65_HS1-834228961_62-HQ-83894_Section_7
Agency: FBI
Page 182
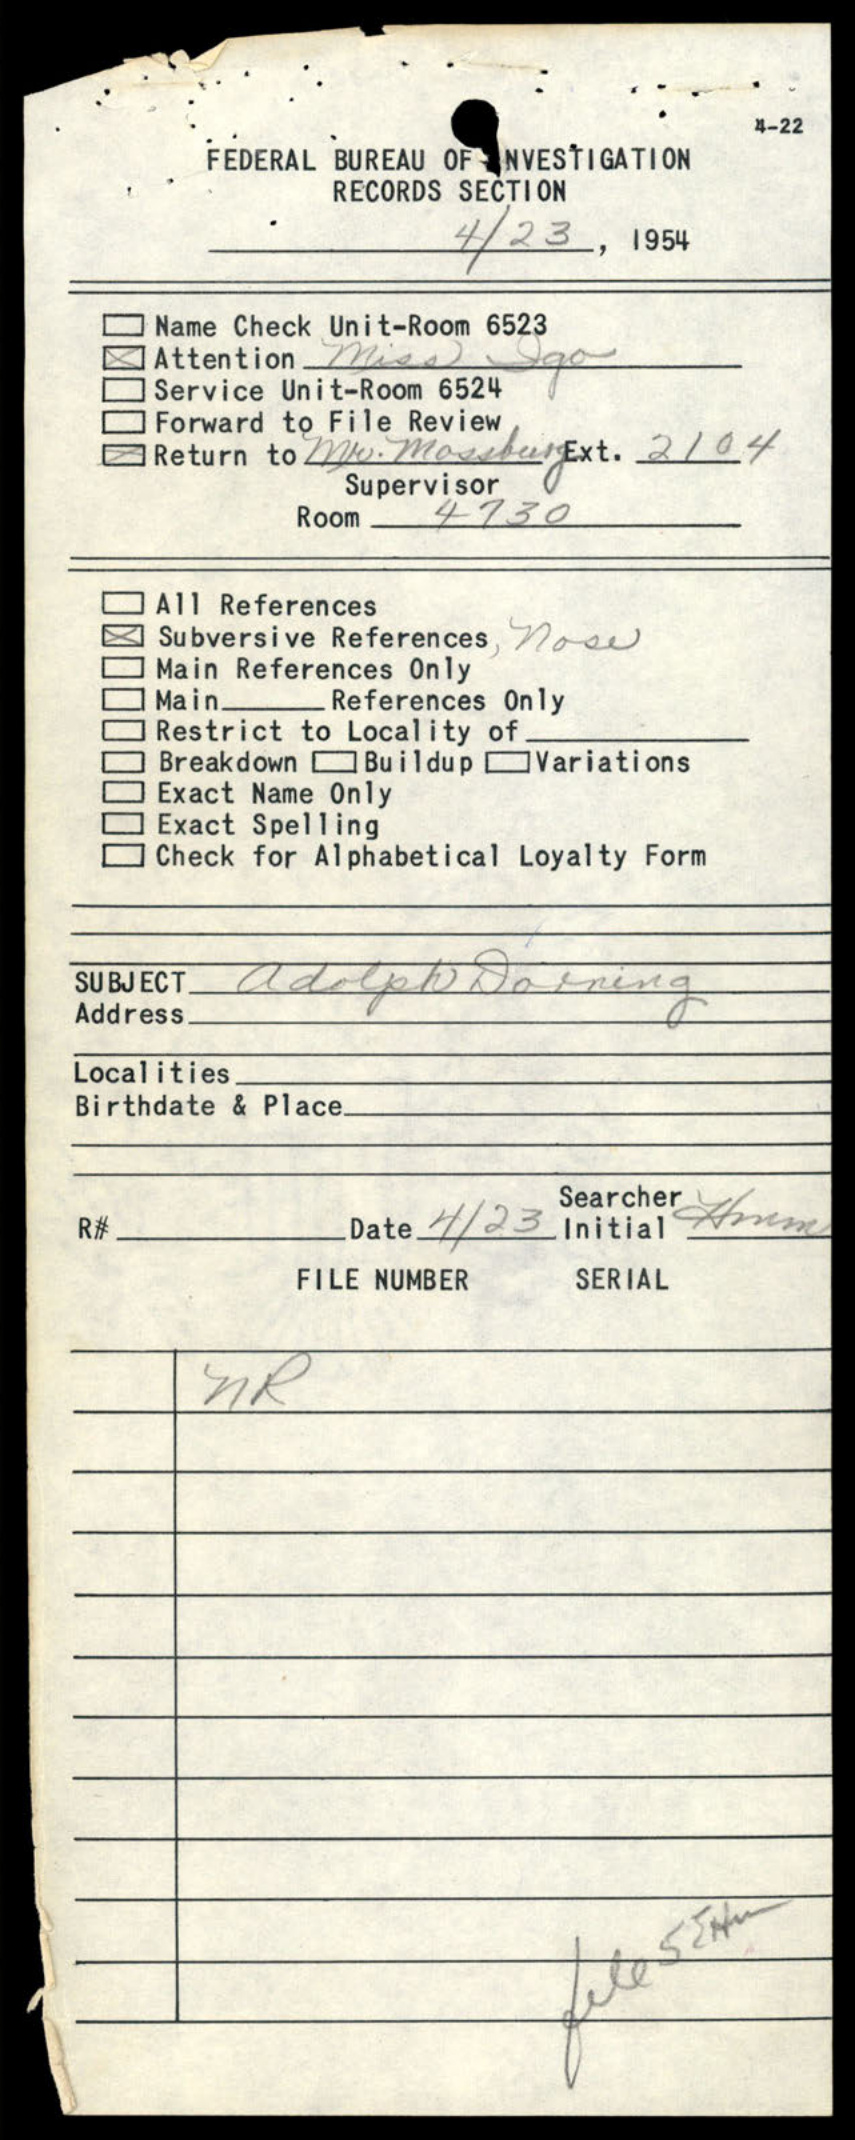